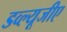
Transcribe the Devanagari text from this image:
डव्ल्यूजीए